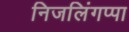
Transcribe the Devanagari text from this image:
निजलिंगप्पा